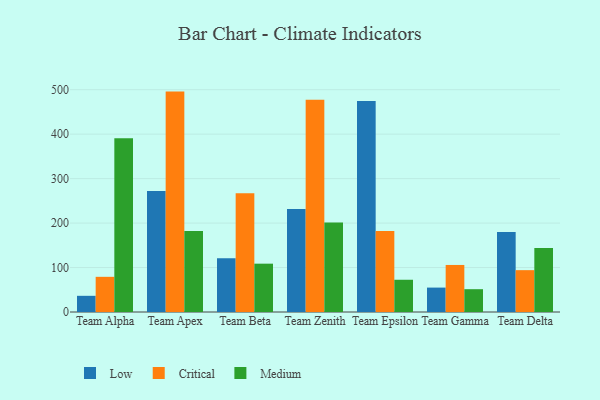
{"axis": {"x": "Team", "y": "Production Output"}, "legend": ["Critical", "Low", "Medium"], "data": [{"x": "Team Alpha", "y": 36.4, "type": "Low"}, {"x": "Team Alpha", "y": 79.1, "type": "Critical"}, {"x": "Team Alpha", "y": 391.0, "type": "Medium"}, {"x": "Team Apex", "y": 272.2, "type": "Low"}, {"x": "Team Apex", "y": 495.7, "type": "Critical"}, {"x": "Team Apex", "y": 182.4, "type": "Medium"}, {"x": "Team Beta", "y": 121.0, "type": "Low"}, {"x": "Team Beta", "y": 266.8, "type": "Critical"}, {"x": "Team Beta", "y": 108.7, "type": "Medium"}, {"x": "Team Zenith", "y": 231.8, "type": "Low"}, {"x": "Team Zenith", "y": 477.6, "type": "Critical"}, {"x": "Team Zenith", "y": 201.2, "type": "Medium"}, {"x": "Team Epsilon", "y": 474.3, "type": "Low"}, {"x": "Team Epsilon", "y": 182.0, "type": "Critical"}, {"x": "Team Epsilon", "y": 72.5, "type": "Medium"}, {"x": "Team Gamma", "y": 54.9, "type": "Low"}, {"x": "Team Gamma", "y": 105.8, "type": "Critical"}, {"x": "Team Gamma", "y": 51.3, "type": "Medium"}, {"x": "Team Delta", "y": 179.7, "type": "Low"}, {"x": "Team Delta", "y": 94.1, "type": "Critical"}, {"x": "Team Delta", "y": 144.1, "type": "Medium"}]}